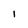
Character: I